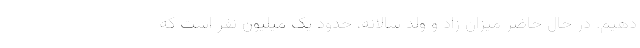
دهیم. در حال حاضر میزان زاد و ولد سالانه، حدود یک میلیون نفر است که